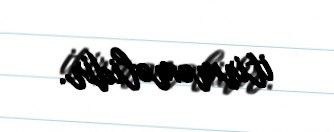
itirməməlidir.